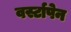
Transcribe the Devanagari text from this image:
वर्स्टापेन